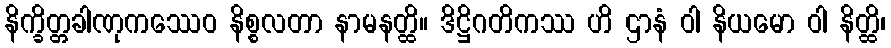
နိက္ခိတ္တခါဏုကဿေဝ နိစ္စလတာ နာမနတ္ထိ။ ဒိဋ္ဌိဂတိကဿ ဟိ ဌာနံ ဝါ နိယမော ဝါ နိတ္ထိ၊